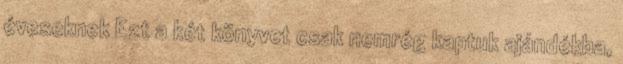
éveseknek Ezt a két könyvet csak nemrég kaptuk ajándékba,